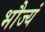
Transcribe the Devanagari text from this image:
भौज्यं